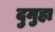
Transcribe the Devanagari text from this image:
दुमुहा